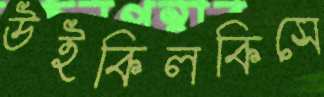
উইকিলকিসে